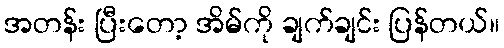
အတန်း ပြီးတော့ အိမ်ကို ချက်ချင်း ပြန်တယ်။